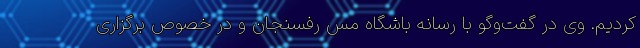
کردیم. وی در گفت‌وگو با رسانه باشگاه مس رفسنجان و در خصوص برگزاری